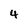
Character: 4